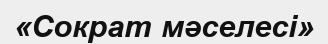
«Сократ мәселесі»